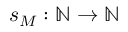
s _ { M } : \mathbb { N } \to \mathbb { N }